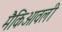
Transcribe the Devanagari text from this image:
मैकिआवली